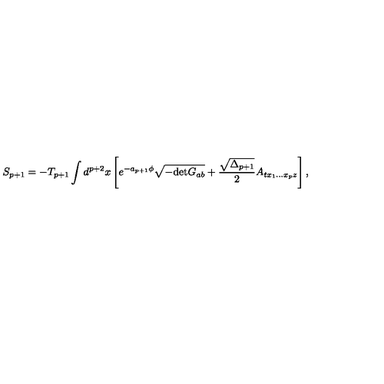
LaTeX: S _ { p + 1 } = - T _ { p + 1 } \int d ^ { p + 2 } x \left[ e ^ { - a _ { p + 1 } \phi } \sqrt { - \mathrm { d e t } G _ { a b } } + { \frac { \sqrt { \Delta _ { p + 1 } } } { 2 } } A _ { t x _ { 1 } . . . x _ { p } z } \right] ,